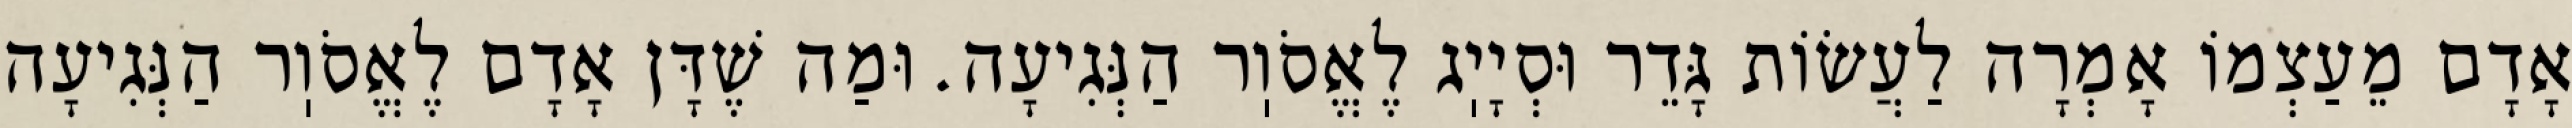
אָדָם מֵעַצְמוֹ אָמְרָה לַעֲשׂוֹת גָּדֵר וּסְיָיֽג לֶאֱסֹוֽר הַנְּגִיעָה. וּמַה שֶׁדָּן אָדָם לֶאֱסֹוֽר הַנְּגִיעָה